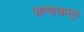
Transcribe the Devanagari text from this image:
पाण्याखासून